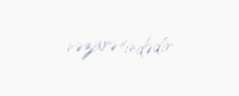
nəzarətindədir.